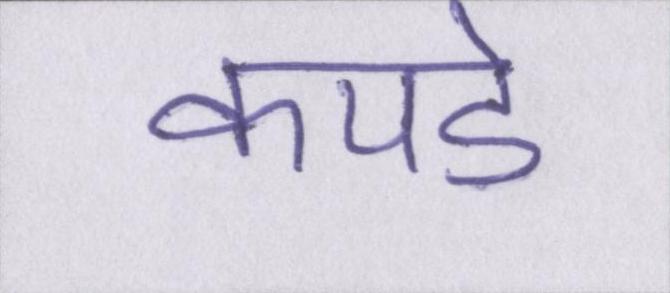
कपडे